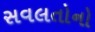
સવલતોનો